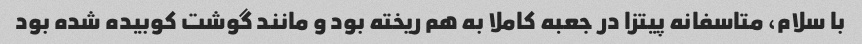
با سلام، متاسفانه پیتزا در جعبه کاملا به هم ریخته بود و مانند گوشت کوبیده شده بود